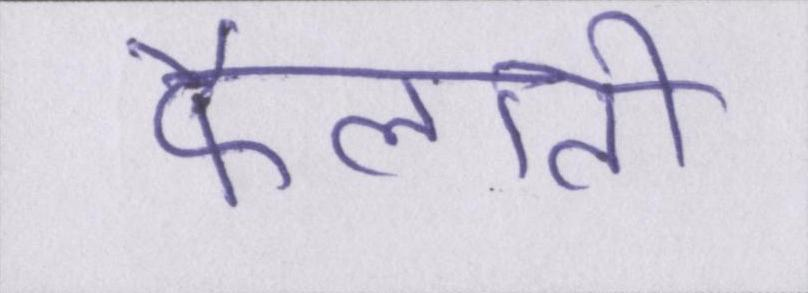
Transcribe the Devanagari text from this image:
फैलाती